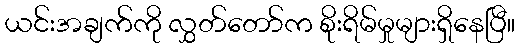
ယင်းအချက်ကို လွှတ်တော်က စိုးရိမ်မှုများရှိနေပြီ။